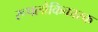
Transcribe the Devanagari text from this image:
रूपलौकिकारक